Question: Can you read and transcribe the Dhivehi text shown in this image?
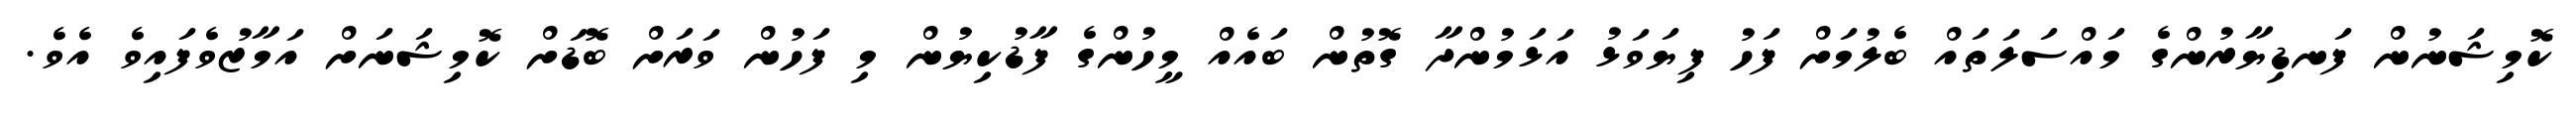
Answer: ކޮމިޝަނުން ފަނޑިޔާރުންގެ މައްސަލަތައް ބެލުމަށް ފަހު ފިޔަވަޅު އަޅަމުންދާ ގޮތުން ބައެއް މީހުންގެ ފާޑުކިޔުން މި ފަހުން ވަރަށް ބޮޑަށް ކޮމިޝަނަށް އަމާޒުވެފައިވެ އެވެ.